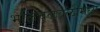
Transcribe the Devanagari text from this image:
भक्तिचळवळींमध्ये